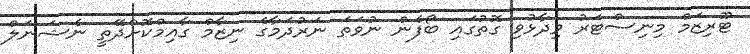
ޓޫރިޒަމް މިނިސްޓަރު ވިދާޅުވި ގޮތުގައި ބޯފެން ނުވަތަ ނަރުދަމާގެ ނިޒާމް ގާއިމްކޮށްދޭތީ ނެޝަނަލް